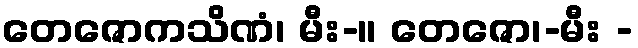
တေဇောကသိဏံ၊ မီး-။ တေဇော၊-မီး -